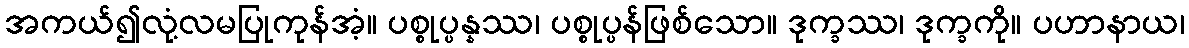
အကယ်၍လုံ့လမပြုကုန်အံ့။ ပစ္စုပ္ပန္နဿ၊ ပစ္စုပ္ပန်ဖြစ်သော။ ဒုက္ခဿ၊ ဒုက္ခကို။ ပဟာနာယ၊